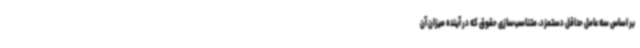
بر اساس سه عامل حداقل دستمزد، متناسب‌سازی حقوق که در آینده میزان آن